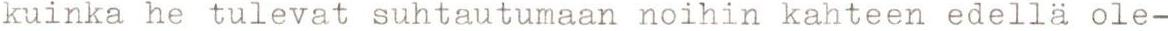
kuinka he tulevat suhtautumaan noihin kahteen edellä ole-